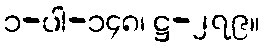
၁-ပါ-၁၄၈၊ ဋ္ဌ-၂၇၉။